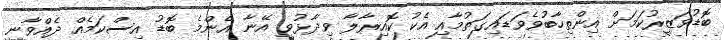
ބޮޑުވަޒީރުކަމަށް އިންތިހާބުވެވަޑައިގަތުމާއި އެކު ކޮއިރާލާ ވިދާޅުވީ އޭނާ އެންމެ ބޮޑު އިސްކަމެއް ދެއްވާނީ